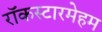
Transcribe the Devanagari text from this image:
रॉकस्टारमेहम